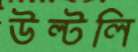
উল্‌টলি